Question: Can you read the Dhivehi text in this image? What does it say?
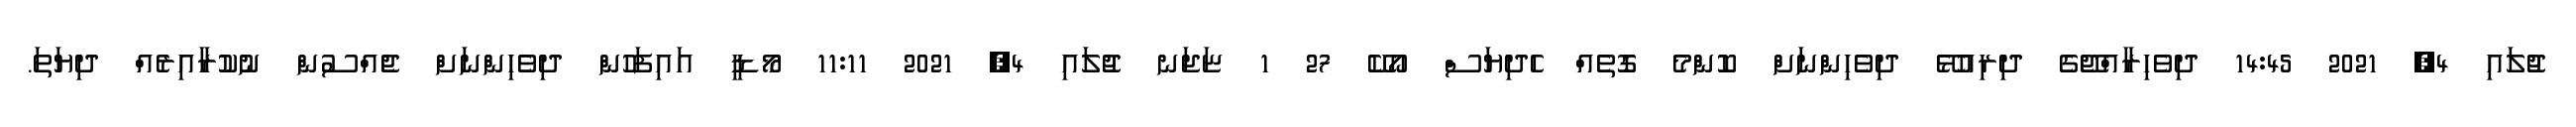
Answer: ޖުލައި 4, 2021 14:45 ދިވެހިރާއްޖޭގެ ދިރިއުޅޭ ދިވެހިންނަށް ކޮންމެ ގޮތެއް ހެދިޔަސް އޯކޭ 27 1 ޏަޖަނ ޖުލައި 4, 2021 11:11 މޯޑީ އައިފަހުން ދިވެހިންނަށް ޖެއްސުން ނުކުރާއިރެއް ދިޔަތަ.